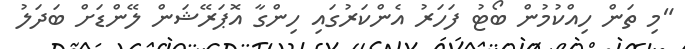
"މި ތަން ހިއްކުމުން ބޯޓު ފަހަރު އެންކަރުގައި ހިންގާ އޮޕަރޭޝަން ލޭންޑަށް ބަދަލު